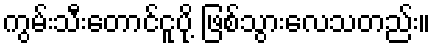
ကွမ်းသီးတောင်ငူပို့ ဖြစ်သွားလေသတည်း။